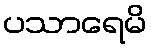
ပသာရေမိ